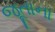
જૂતાના